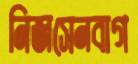
নিজসেনবাগ